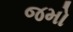
જમો